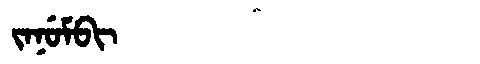
Manchu: ᠵᠠᠨᡠᠮᠪᡳ
Romanization: JANUMBI